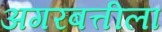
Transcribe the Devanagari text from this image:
अगरबत्तीला